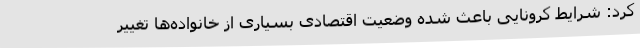
کرد: شرایط کرونایی باعث شده وضعیت اقتصادی بسیاری از خانواده‌ها تغییر